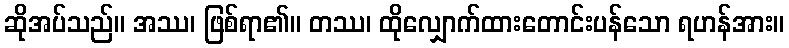
ဆိုအပ်သည်။ အဿ၊ ဖြစ်ရာ၏။ တဿ၊ ထိုလျှောက်ထားတောင်းပန်သော ရဟန်အား။